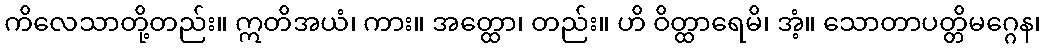
ကိလေသာတို့တည်း။ ဣတိအယံ၊ ကား။ အတ္ထော၊ တည်း။ ဟိ ဝိတ္ထာရေမိ၊ အံ့။ သောတာပတ္တိမဂ္ဂေန၊